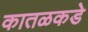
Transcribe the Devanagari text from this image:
कातळकडे